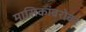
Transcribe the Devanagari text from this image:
मासिकांबरोबर